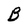
Character: B